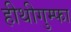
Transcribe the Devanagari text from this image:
हीथीगुम्फा